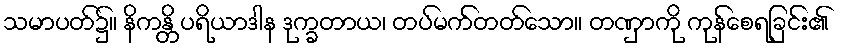
သမာပတ်၌။ နိကန္တိ ပရိယာဒါန ဒုက္ခတာယ၊ တပ်မက်တတ်သော။ တဏှာကို ကုန်စေရခြင်း၏